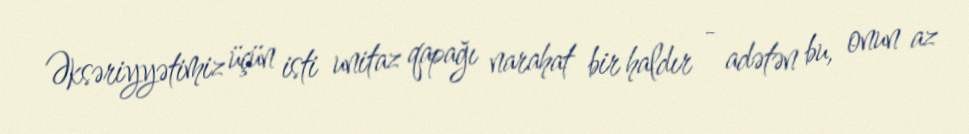
Əksəriyyətimiz üçün isti unitaz qapağı narahat bir haldır - adətən bu, onun az